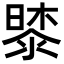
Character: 𭧔